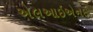
એલઆઇએનઇ